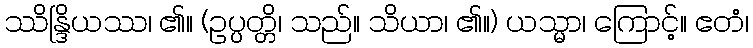
ဿိန္ဒြိယဿ၊ ၏။ (ဥပ္ပတ္တိ၊ သည်။ သိယာ၊ ၏။) ယသ္မာ၊ ကြောင့်။ ဧတံ၊